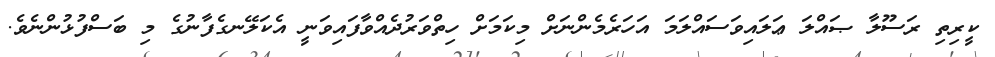
ކީރިތި ރަސޫލާ ޞައްލަ ޢަލައިވަސައްލަމަ އަހަރެމެންނަށް މިކަމަށް ހިތްވަރުދެއްވާފައިވަނީ އެކަލޭނގެފާނުގެ މި ބަސްފުޅުންނެވެ.